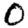
Digit: 0